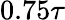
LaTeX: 0.75\tau